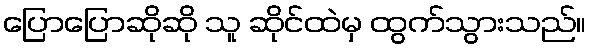
ပြောပြောဆိုဆို သူ ဆိုင်ထဲမှ ထွက်သွားသည်။